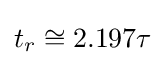
t_{r}\cong 2.197\tau